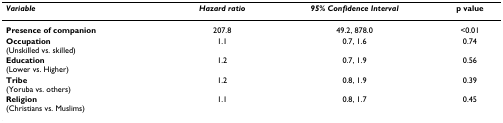
<table><thead><tr><td><b><i>Variable</i></b></td><td><b><i>Hazard ratio</i></b></td><td><b><i>95% Confidence Interval</i></b></td><td><b>p value</b></td></tr></thead><tbody><tr><td><b>Presence of companion</b></td><td>207.8</td><td>49.2, 878.0</td><td>&lt;0.01</td></tr><tr><td><b>Occupation</b>(Unskilled vs. skilled)</td><td>1.1</td><td>0.7, 1.6</td><td>0.74</td></tr><tr><td><b>Education</b>(Lower vs. Higher)</td><td>1.2</td><td>0.7, 1.9</td><td>0.56</td></tr><tr><td><b>Tribe</b>(Yoruba vs. others)</td><td>1.2</td><td>0.8, 1.9</td><td>0.39</td></tr><tr><td><b>Religion</b>(Christians vs. Muslims)</td><td>1.1</td><td>0.8, 1.7</td><td>0.45</td></tr></tbody></table>